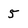
Character: 5